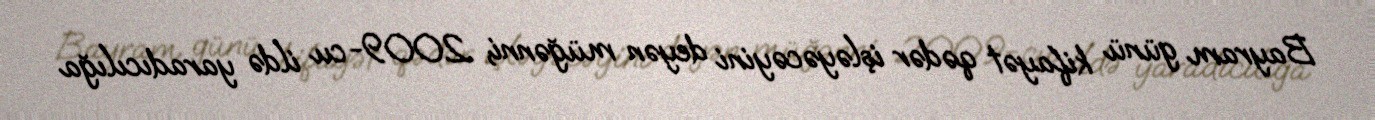
Bayram günü kifayət qədər işləyəcəyini deyən müğənni, 2009-cu ildə yaradıcılığa